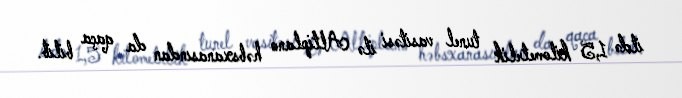
ildə 1,5 kilometrlik tunel vasitəsi ilə Altiplano həbsxanasından da qaça bilib.